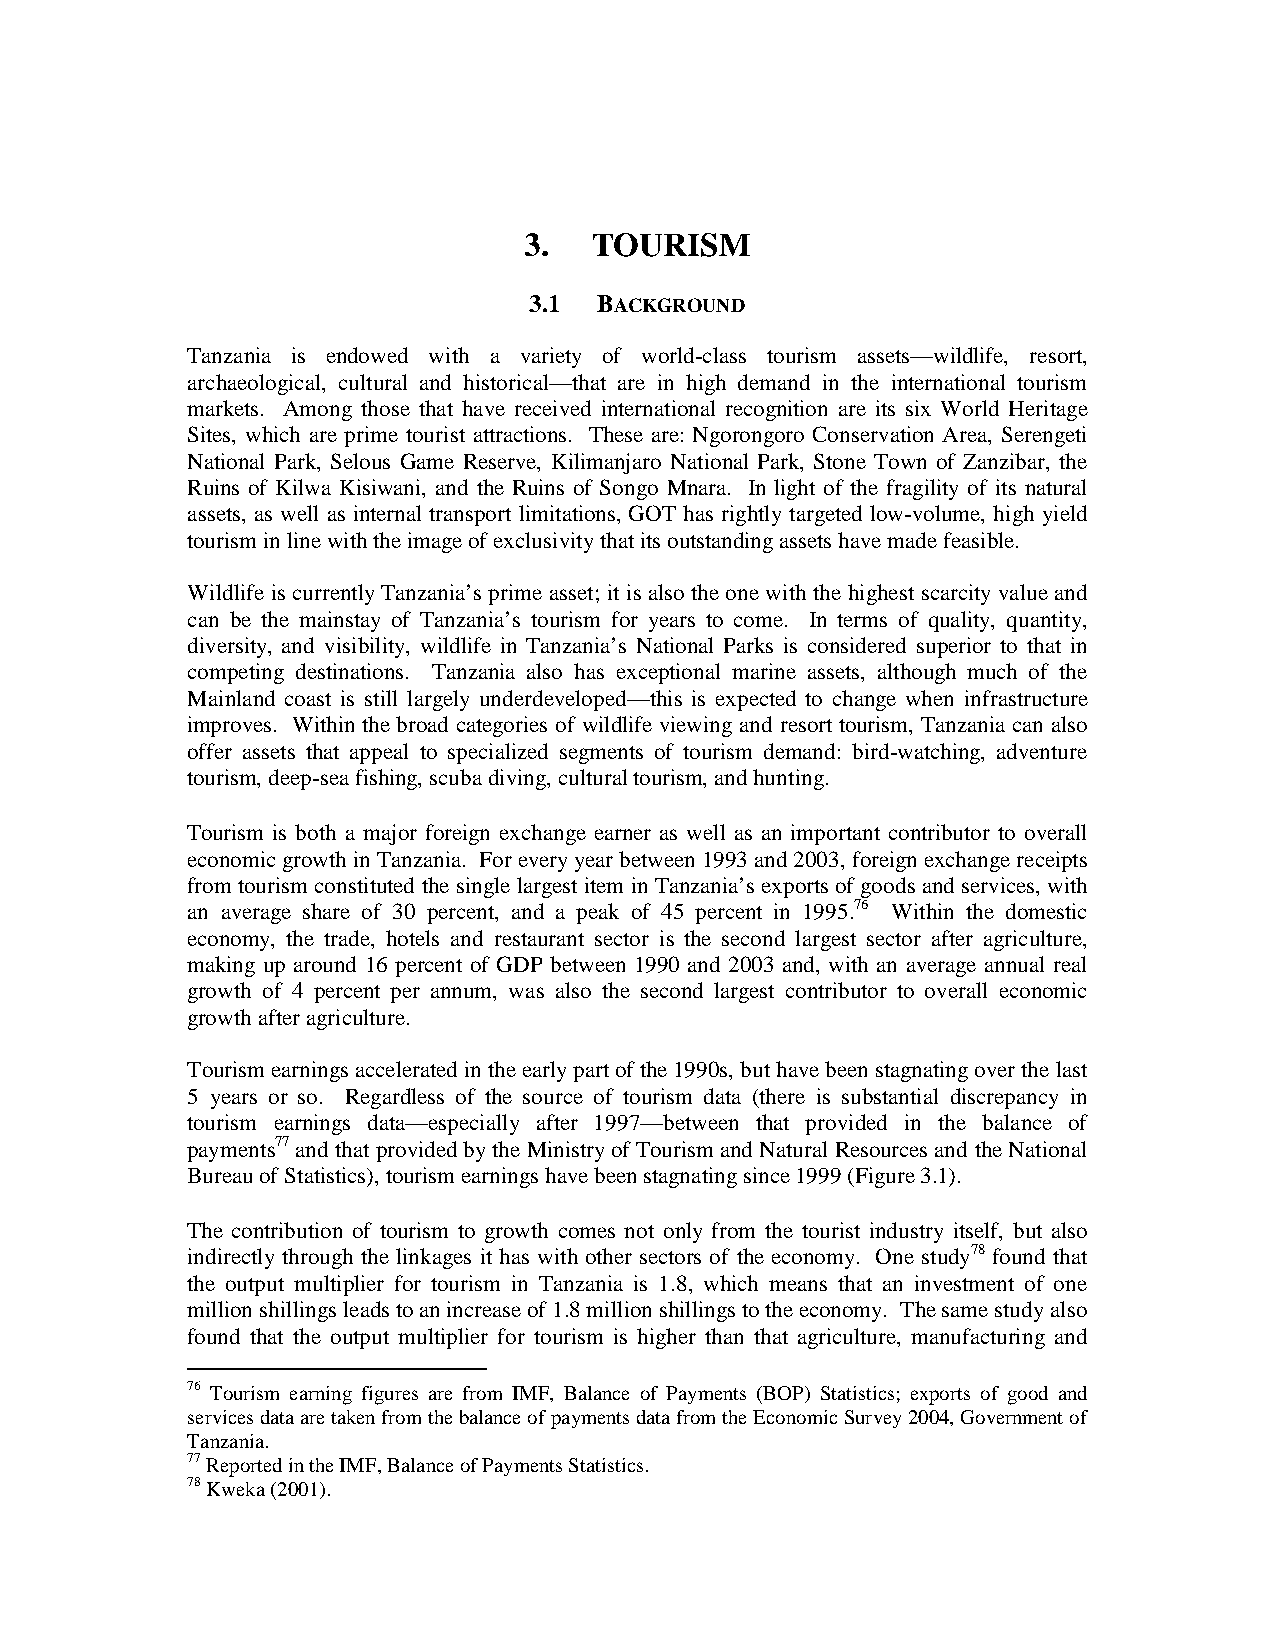
3.  TOURISM
 3.1  BACKGROUND
 Tanzania is endowed with a variety of world-class tourism assets—wildlife, resort,
 archaeological, cultural and historical—that are in high demand in the international tourism
 markets. Among those that have received international recognition are its six World Heritage
 Sites, which are prime tourist attractions. These are: Ngorongoro Conservation Area, Serengeti
 National Park, Selous Game Reserve, Kilimanjaro National Park, Stone Town of Zanzibar, the
 Ruins of Kilwa Kisiwani, and the Ruins of Songo Mnara. In light of the fragility of its natural
 assets, as well as internal transport limitations, GOT has rightly targeted low-volume, high yield
 tourism in line with the image of exclusivity that its outstanding assets have made feasible.
 Wildlife is currently Tanzania’s prime asset; it is also the one with the highest scarcity value and
 can be the mainstay of Tanzania’s tourism for years to come. In terms of quality, quantity,
 diversity, and visibility, wildlife in Tanzania’s National Parks is considered superior to that in
 competing destinations. Tanzania also has exceptional marine assets, although much of the
 Mainland coast is still largely underdeveloped—this is expected to change when infrastructure
 improves. Within the broad categories of wildlife viewing and resort tourism, Tanzania can also
 offer assets that appeal to specialized segments of tourism demand: bird-watching, adventure
 tourism, deep-sea fishing, scuba diving, cultural tourism, and hunting.
 Tourism is both a major foreign exchange earner as well as an important contributor to overall
 economic growth in Tanzania. For every year between 1993 and 2003, foreign exchange receipts
 from tourism constituted the single largest item in Tanzania’s exports of goods and services, with
 an average share of 30 percent, and a peak of 45 percent in 1995.76 Within the domestic
 economy, the trade, hotels and restaurant sector is the second largest sector after agriculture,
 making up around 16 percent of GDP between 1990 and 2003 and, with an average annual real
 growth of 4 percent per annum, was also the second largest contributor to overall economic
 growth after agriculture.
 Tourism earnings accelerated in the early part of the 1990s, but have been stagnating over the last
 5 years or so. Regardless of the source of tourism data (there is substantial discrepancy in
 tourism earnings data—especially after 1997—between that provided in the balance of
 payments77 and that provided by the Ministry of Tourism and Natural Resources and the National
 Bureau of Statistics), tourism earnings have been stagnating since 1999 (Figure 3.1).
 The contribution of tourism to growth comes not only from the tourist industry itself, but also
 indirectly through the linkages it has with other sectors of the economy. One study78 found that
 the output multiplier for tourism in Tanzania is 1.8, which means that an investment of one
 million shillings leads to an increase of 1.8 million shillings to the economy. The same study also
 found that the output multiplier for tourism is higher than that agriculture, manufacturing and
 76 Tourism earning figures are from IMF, Balance of Payments (BOP) Statistics; exports of good and
 services data are taken from the balance of payments data from the Economic Survey 2004, Government of
 Tanzania.
 77 Reported in the IMF, Balance of Payments Statistics.
 78 Kweka (2001).